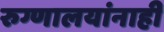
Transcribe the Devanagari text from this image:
रुग्णालयांनाही